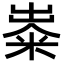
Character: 𥺋